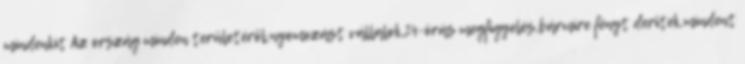
mindenkit Az ország minden területéről,nyomozást vállalok,24-órás megfigyelés,bármire fényt derîtek,mindent